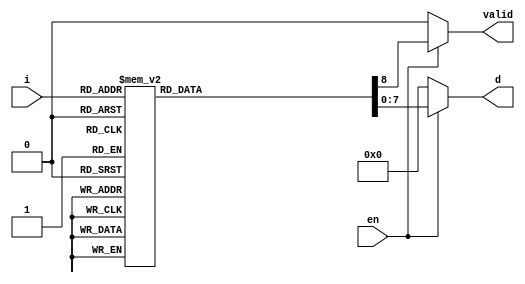
module Decoder_HW_val(i,d,en,valid);
  
  parameter bit = 3;
  parameter output_bit = 8;
  
  input [bit-1:0]i;
  input en;
  output [output_bit-1:0]d;
  output valid;
  
  reg [output_bit-1:0]d;
  reg valid;
  
  initial begin
	valid = 0;
	d = 8'b00000000;
	end
  
  always @(*) begin
    
	   if(en)begin
			case(i)
			3'b000 : begin
			d = 8'b00000001;
			valid = 1;
			end	
			3'b001 : begin
			d = 8'b00000010;
			valid = 1;
			end
			3'b010 : begin
			d = 8'b00000100;
			valid = 1;
			end
			3'b011 : begin
			d = 8'b00001000;
			valid = 1;
			end
			3'b100 : begin
			d = 8'b00010000;
			valid = 1;
			end
			3'b101: begin
			d = 8'b00100000;
			valid = 1;
			end
			3'b110 : begin
			d = 8'b01000000;
			valid = 1;
			end
			3'b111 : begin
			d = 8'b10000000;
			valid = 1;
			end
		   endcase
		end
		
		
		
		else begin
		valid = 0;
		d = 8'b00000000;
		end
			
    end
  endmodule